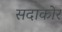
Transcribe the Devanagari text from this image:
सदाकोर